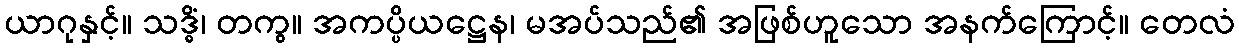
ယာဂုနှင့်။ သဒ္ဓိံ၊ တကွ။ အကပ္ပိယဋ္ဌေန၊ မအပ်သည်၏ အဖြစ်ဟူသော အနက်ကြောင့်။ တေလံ